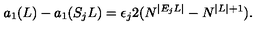
a _ { 1 } ( L ) - a _ { 1 } ( S _ { j } L ) = \epsilon _ { j } 2 ( N ^ { | E _ { j } L | } - N ^ { | L | + 1 } ) .